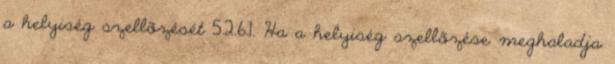
a helyiség szellõzését 5.2.6.1. Ha a helyiség szellõzése meghaladja